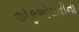
એફએલવીના